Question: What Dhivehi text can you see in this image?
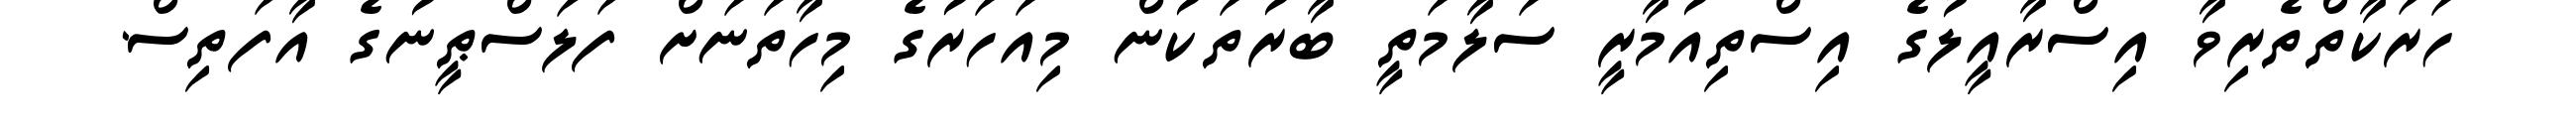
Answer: ހަރަކާތްތެރިވާ އިސްރާއީލުގެ އިސްތިއުމާރީ ސަލާމަތީ ބާރުތަކުން މިއަހަރުގެ މިހާތަނަށް ފަލަސްޠީނުގެ އާފަތިސް.